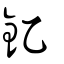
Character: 釔